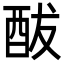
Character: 䣮